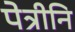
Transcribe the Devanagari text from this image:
पेत्रीनि